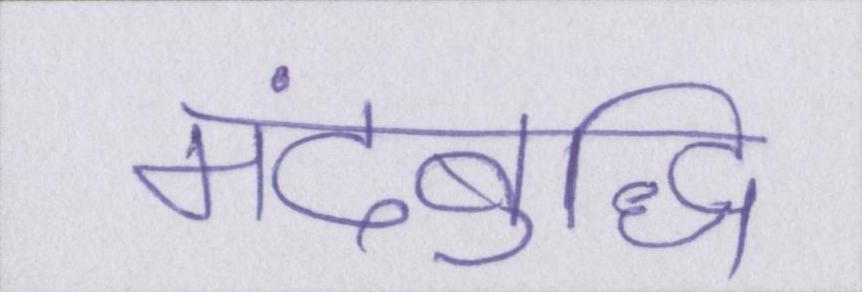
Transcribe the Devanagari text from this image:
मंदबुद्धि